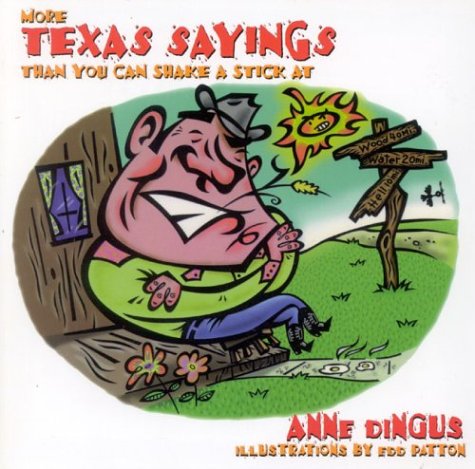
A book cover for More Texas Sayings Than You Can Shake A Stick At; Anne Dingus; Reference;